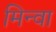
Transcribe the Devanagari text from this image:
मिन्वा